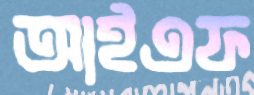
আইএফ